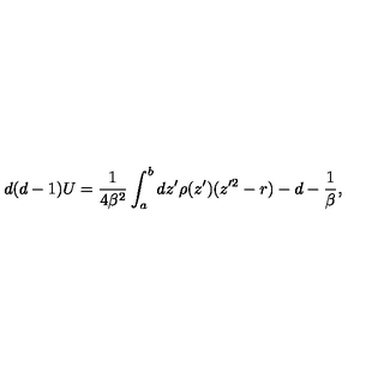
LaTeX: d ( d - 1 ) U = { \frac { 1 } { 4 \beta ^ { 2 } } } \int _ { a } ^ { b } d z ^ { \prime } \rho ( z ^ { \prime } ) ( z ^ { \prime 2 } - r ) - d - { \frac { 1 } { \beta } } ,